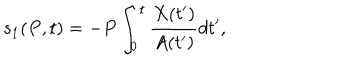
s _ { 1 } ( P , t ) = - P \int _ { 0 } ^ { t } \frac { X ( t ^ { \prime } ) } { A ( t ^ { \prime } ) } d t ^ { \prime } ,